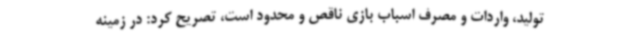
تولید، واردات و مصرف اسباب بازی ناقص و محدود است، تصریح کرد: در زمینه